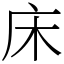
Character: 床